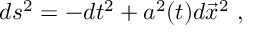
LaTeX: d s ^ { 2 } = - d t ^ { 2 } + a ^ { 2 } ( t ) d { \vec { x } } ^ { 2 } \ ,